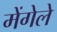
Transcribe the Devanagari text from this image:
मेंगेले